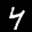
Label: 4